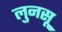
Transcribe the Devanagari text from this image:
लुनसू